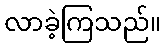
လာခဲ့ကြသည်။